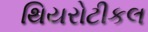
થિયરોટીકલ